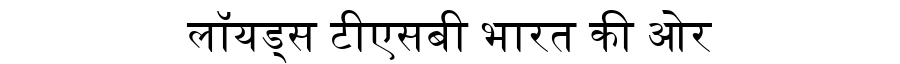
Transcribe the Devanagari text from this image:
लॉयड्स टीएसबी भारत की ओर